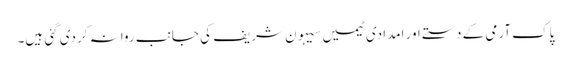
پاک آرمی کے دستے اور امدادی ٹیمیں سیہون شریف کی جانب روانہ کردی گئی ہیں۔